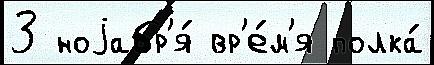
3 ноjабр'я́ вр'е́м'я полка́